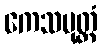
ကေသပုတ္တံ